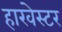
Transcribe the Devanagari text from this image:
हारवेस्टर